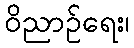
ဝိညာဉ်ရေး၊